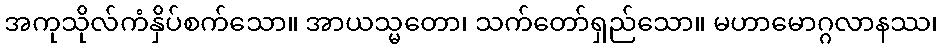
အကုသိုလ်ကံနှိပ်စက်သော။ အာယသ္မတော၊ သက်တော်ရှည်သော။ မဟာမောဂ္ဂလာနဿ၊